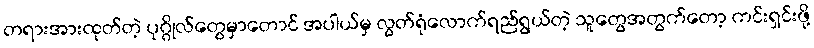
တရားအားထုတ်တဲ့ ပုဂ္ဂိုလ်တွေမှာတောင် အပါယ်မှ လွတ်ရုံလောက်ရည်ရွယ်တဲ့ သူတွေအတွက်တော့ ကင်းရှင်းဖို့